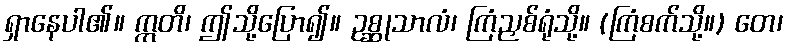
ရှာနေပါ၏။ ဣတိ၊ ဤသို့ပြော၍။ ဥစ္ဆုသာလံ၊ ကြံညှစ်ရုံသို့။ (ကြံစက်သို့။) တေ၊